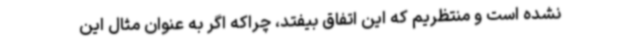
نشده است و منتظریم که این اتفاق بیفتد، چراکه اگر به عنوان مثال این